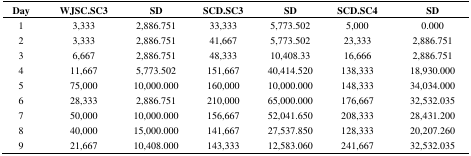
| Day | WJSC.SC3 | SD | SCD.SC3 | SD | SCD.SC4 | SD |
 | --- | --- | --- | --- | --- | --- | --- |
 | 1 | 3,333 | 2,886.751 | 33,333 | 5,773.502 | 5,000 | 0.000 |
 | 2 | 3,333 | 2,886.751 | 41,667 | 5,773.502 | 23,333 | 2,886.751 |
 | 3 | 6,667 | 2,886.751 | 48,333 | 10,408.33 | 16,666 | 2,886.751 |
 | 4 | 11,667 | 5,773.502 | 151,667 | 40,414.520 | 138,333 | 18,930.000 |
 | 5 | 75,000 | 10,000.000 | 160,000 | 10,000.000 | 148,333 | 34,034.000 |
 | 6 | 28,333 | 2,886.751 | 210,000 | 65,000.000 | 176,667 | 32,532.035 |
 | 7 | 50,000 | 10,000.000 | 156,667 | 52,041.650 | 208,333 | 28,431.200 |
 | 8 | 40,000 | 15,000.000 | 141,667 | 27,537.850 | 128,333 | 20,207.260 |
 | 9 | 21,667 | 10,408.000 | 143,333 | 12,583.060 | 241,667 | 32,532.035 |